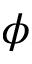
\phi